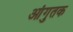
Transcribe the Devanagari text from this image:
आंगुतक